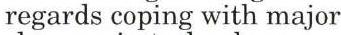
regards coping with major